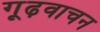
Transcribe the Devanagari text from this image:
गूढ़वाचन